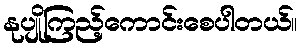
နုပျိုကြည့်ကောင်းစေပါတယ်။